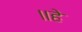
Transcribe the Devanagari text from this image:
॥हे